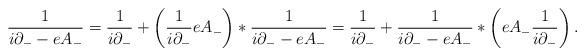
LaTeX: \begin{align*}\frac{1}{i\partial_{-} - eA_{-}} = \frac{1}{i\partial_{-}} +\left(\frac{1}{i\partial_{-}} eA_{-}\right) \ast \frac{1}{i\partial_{-} - eA_{-}} = \frac{1}{i\partial_{-}} +\frac{1}{i\partial_{-}- e A_{-}}\ast \left( eA_{-}\frac{1}{i\partial_{-}}\right).\end{align*}